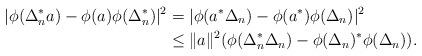
LaTeX: \begin{align*}|\phi(\Delta_n^*a )-\phi(a)\phi(\Delta^*_n) |^2&=|\phi(a^*\Delta_n)-\phi(a^*)\phi(\Delta_n) |^2\\&\leq \|a\|^2(\phi(\Delta_n^*\Delta_n) -\phi(\Delta_n)^*\phi(\Delta_n)).\end{align*}